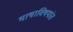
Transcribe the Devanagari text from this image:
भाषाविषयांत